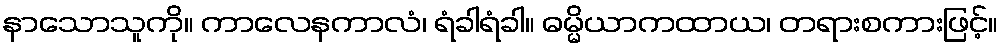
နာသောသူကို။ ကာလေနကာလံ၊ ရံခါရံခါ။ ဓမ္မိယာကထာယ၊ တရားစကားဖြင့်။